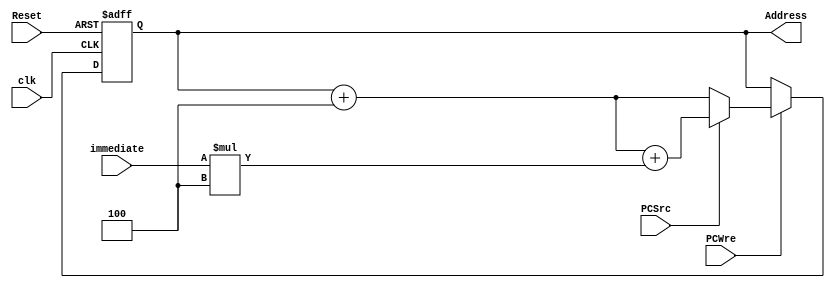
`timescale 1ns / 1ps
 
module PC(clk, Reset, PCWre, PCSrc, immediate, Address);
    input clk, Reset, PCWre, PCSrc;
	 input [31:0] immediate;
	 output [31:0] Address;
	 reg [31:0] Address;
	 
	 /*initial begin
	     Address = 0;
	 end*/
	 
	 always @(posedge clk or negedge Reset)
	     begin
		      if (Reset == 0) begin
				    Address = 0;
				end
				else if (PCWre) begin
				    if (PCSrc) Address = Address + 4 + immediate*4;
					 else Address = Address + 4;
				end
		  end
 
endmodule